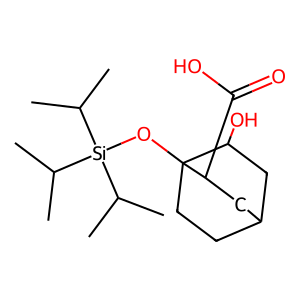
SMILES: CC(C)[Si](OC12CCC(CC1O)CC2C(=O)O)(C(C)C)C(C)C
Inhibits HIV replication: No